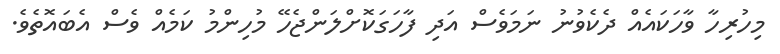
މިހުރިހާ ވާހަކައެއް ދެކެވުނު ނަމަވެސް އަދި ފާހަގަކޮށްލަންޖެހޭ މުހިންމު ކަމެއް ވެސް އެބައޮތެވެ.